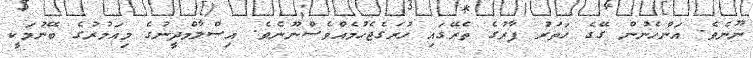
ނޫނެވެ. އަންހެނުން ގޭގެ ހަތަރު ފާރުގެ ތެރޭގައި ހުރަގެޖެހުމެއްވެސްނޫނެވެ. އިސްލާމްދީނުގެ މިއަމުރުގެ ބޭނުމަކީ